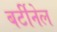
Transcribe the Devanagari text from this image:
बर्टीनेल